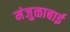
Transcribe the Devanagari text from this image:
मंजुळाबाई